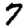
Digit: 7